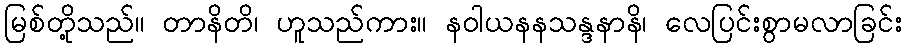
မြစ်တို့သည်။ တာနိတိ၊ ဟူသည်ကား။ နဝါယနနသန္ဒနာနိ၊ လေပြင်းစွာမလာခြင်း